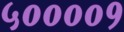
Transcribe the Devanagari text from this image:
५००००१